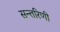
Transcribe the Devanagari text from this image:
सन्तरिणी